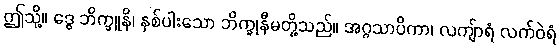
ဤသို့။ ဒွေ ဘိက္ခူနိ၊ နှစ်ပါးသော ဘိက္ခုနီမတို့သည်။ အဂ္ဂသာပိကာ၊ လကျ်ာရံ လက်ဝဲရံ